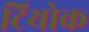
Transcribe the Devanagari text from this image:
टियोक